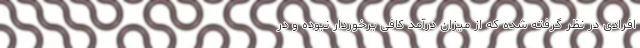
افرادی در نظر گرفته شده که از میزان درآمد کافی برخوردار نبوده و در